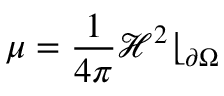
\mu = \frac { 1 } { 4 \pi } \mathcal H ^ { 2 } \lfloor _ { \partial \Omega }